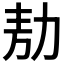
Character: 𭄦